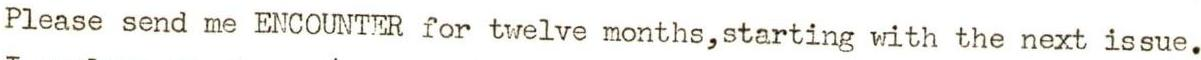
Please send me ENCOUNTER for twelve months,starting with the next issue.